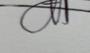
Signature authenticity: genuine